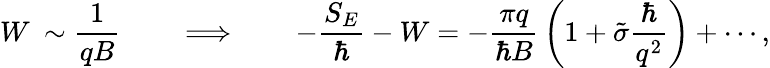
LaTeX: W\: \sim\frac{1}{qB}\qquad\Longrightarrow\qquad-\frac{S_{E}}{\hbar}-W=-\frac{\pi q}{\hbar B}\, \biggl(1+\tilde{\sigma}\frac{\hbar}{q^{2}}\biggr)+\cdots,